Calcutta medical institutions reports 1871-78
Year: 1871
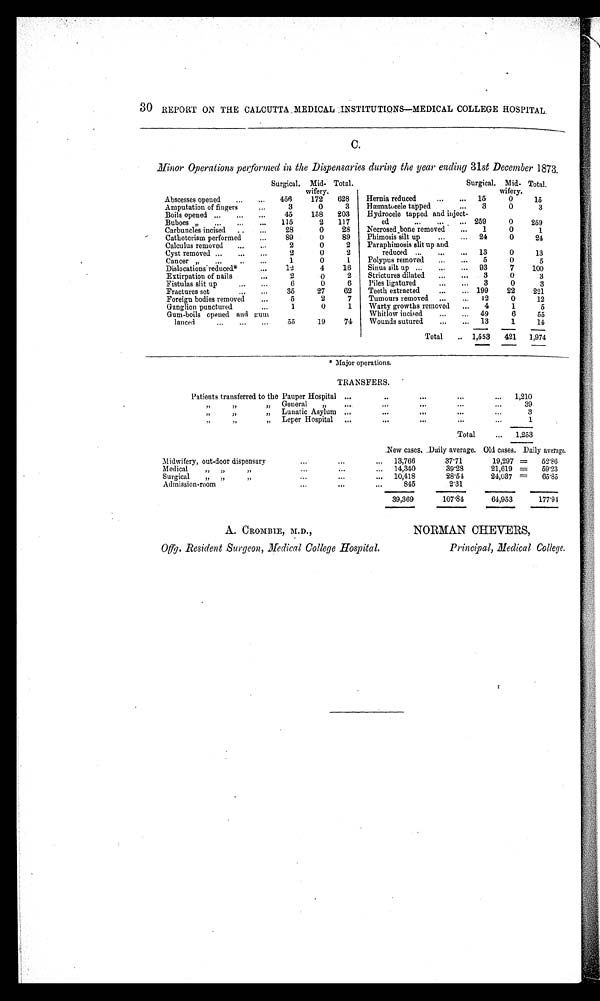
32
REPORT ON THE CALCUTTA MEDICAL INSTITUTIONS.
Annual Return showing the number of Midwifery Cases and Diseases of Women and Children treated in
EUROPEANS.
INDO-EUROPEANS.
NAT
DISCHARGED.
CONFINEMENTS.
DISCHARGED
CONFINEMENTS.
DISCHARGED.
Remai ni ng.
Admitted.Cured.Relieved.Otherwise.Died.Remai ni ng.AbortionPremature.Natural. Tedious.Instrumental. Preternatural .Complicated.Total.Admitted.Cured.Relieved.Otherwise.Died.Remnai ni ng.Abor at i on. Premature.Natural.
Tedious.
Instrumental
Preternatural.
Compl i cat ed.Total.Admitted.Cured.R e l i e v e d . Otherwise. D i e d .
Remained in hospital
on the 31st Decem-
ber 1872
... ...
...
... ... 2 ... ... ... ...
...
... ... ... ... ...
...
... ... 2 ... ... ...
...
...
... ... ... ... ...
8...
... ...
January
1873
... 2
1
...
... ... 3 ... ... 1
1
...
... ... 2
3 3
...
... ... 2 ... ... 1
1
...
... ... 2 8
10
2 ... 4
February
„
... 2
...
... ... 1 ... ... 1
...
...
... ... 1
2 2
...
... ... 2 ... ... 3
...
...
... ... 3 8
5
...
... 1 6
March
„
... 1
...
... ...
... ... ... ...
...
... ... ... 4 3
...
... ... 3 ... 1
1
...
...
... ... 2 13 11
...
1 1 6
April
„
... ...
...
... ... ... ... ... ... ...
...
... ... ...
8
5
... 2
1 3 3 ...
4 ...
... ... ... 7 13
8
... ... 3 8
May
„
1 ...
...
... ... 1 ... ... 1
...
...
... ... 1
7 8
...
... ... 2 1 1
4
...
...
... ... 6 8
8
...
1 ... 7
June
„
1
1
... ... ... 1 ... ...
1 ...
... ... ...
1 5
4
...
1 ... 2 ... ...
3
1 ...
... ... 4 8
3 ... ... 1 11
July
„
1 1
...
... ... 1 ... ... ... ...
...
... ... ... 6 4
...
... ... 4 ... ... 6
1
...
... ... 7 9
6
...
3 1 10
August
„
6
2
...
1 ... 4 ... ...
4 ...
...
... ...
4 6
6
... ... ... 4 ... ...
4 ...
... ... ... 4 14
12 ... ...
4 8
September „
...
3
... ... ... 1 .. ...
2 ...
...
... ...
2 10
4
...
1 1 8 ... 2
5
...
... ... ... 7 13
13 ...
1 1 6
October
„
3
2
... ... ... 2 ... ...
2 ...
... ... ...
2 6
7
... 1
... 6 2 1
6
...
... ... ... 9 15
7 ... 2
4 8
November
„
2
2
...
... ... 2 ... ...
2 ... ... ... ...
2 5
7
...
... 2 2 ... 1
4 ... ... ...
1 6 20
11
...
5
1
11
December
,,
4
2
...
1 ... 3 ... ...
2
1 ...
...
1
4 12
8
... ... 1 5 ...
2
5
1 ...
... ... 8 13 17
. . .
1
...
6
Total
20 17
...
2 ... ...... ... 16
2 ...
... 1
19 74
61
...
5 5 ... 6
8 46
4 ... ...
165 142
111 ... 1617 ...
Abstract of
DENOMINATIONS.
Remained
on 31st
December
1872.
Admitted.
Total.
Europeans
4
81
85
Indo-Europeans
14
254
268
Natives
14
329
343
Children, all classes
17
230
247
Total
49
894
943
J. EDMONDSTON CHARLES, M.R.C,P., London,
Obstetric Physician,